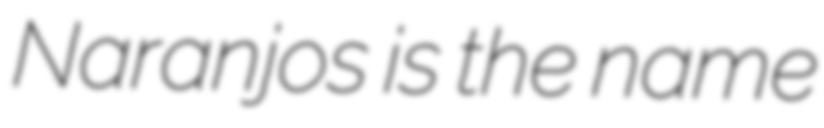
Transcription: Naranjos is the name